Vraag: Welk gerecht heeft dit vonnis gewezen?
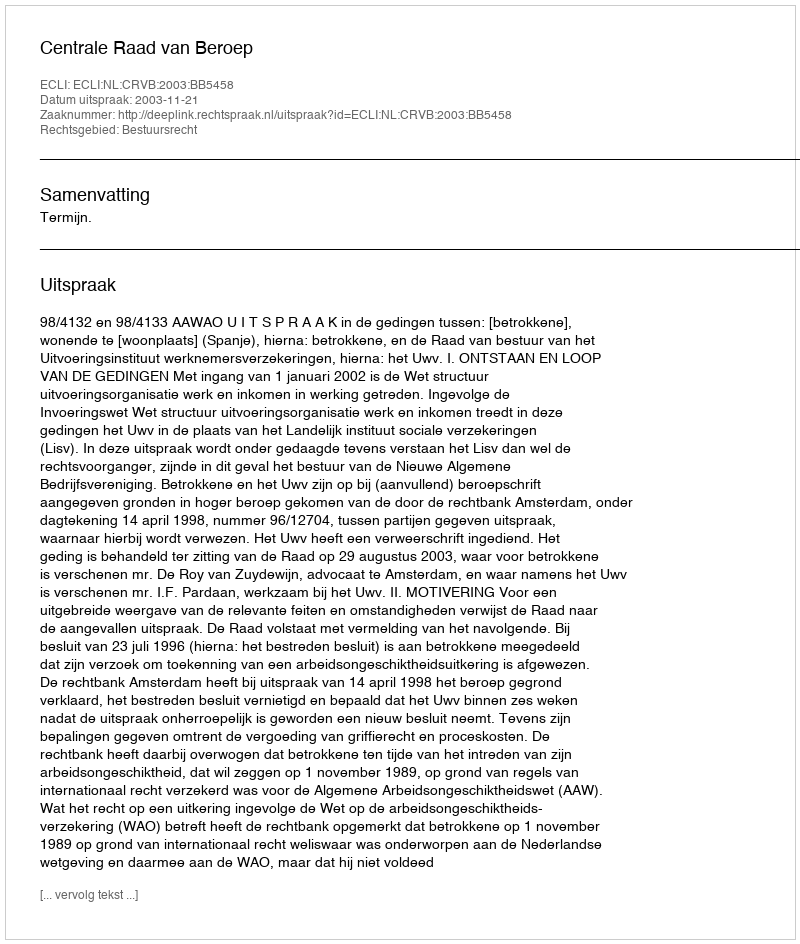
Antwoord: Centrale Raad van Beroep